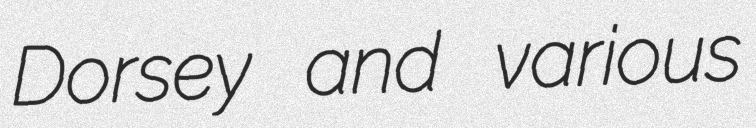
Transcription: Dorsey and various